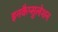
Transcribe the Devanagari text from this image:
इनकैप्सुलेशन